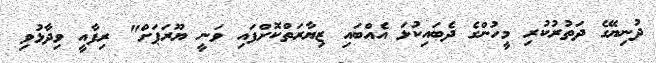
ދުނިޔޭގެ ދަތުރުކުރި މީހުންގެ ދެބައިކުޅަ އެއްބައި ޒިޔާރަތްކޮށްފައި ވަނީ ޔޫރަޕަށް" ރިފާއީ ވިދާޅުވި